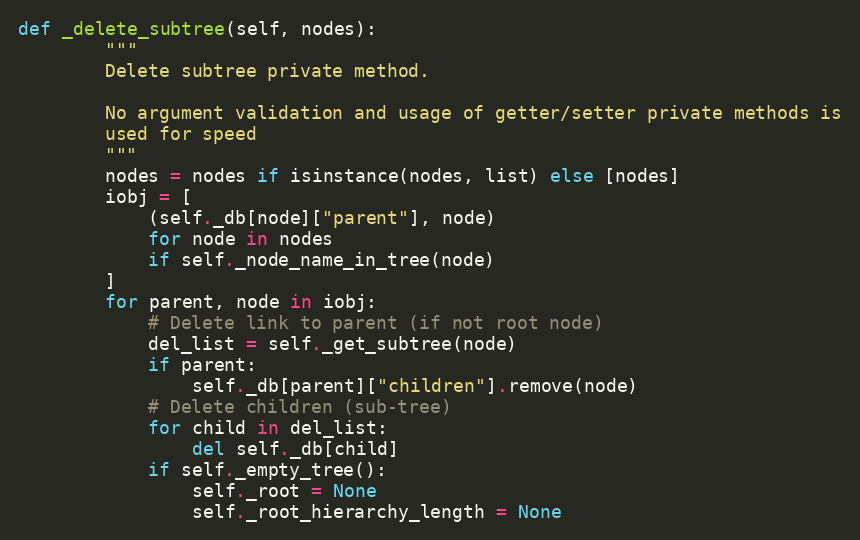
Language: Python
def _delete_subtree(self, nodes):
        """
        Delete subtree private method.

        No argument validation and usage of getter/setter private methods is
        used for speed
        """
        nodes = nodes if isinstance(nodes, list) else [nodes]
        iobj = [
            (self._db[node]["parent"], node)
            for node in nodes
            if self._node_name_in_tree(node)
        ]
        for parent, node in iobj:
            # Delete link to parent (if not root node)
            del_list = self._get_subtree(node)
            if parent:
                self._db[parent]["children"].remove(node)
            # Delete children (sub-tree)
            for child in del_list:
                del self._db[child]
            if self._empty_tree():
                self._root = None
                self._root_hierarchy_length = None